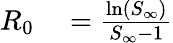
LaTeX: \begin{array}{rl}{R_{0}}&{{}=\frac{\ln(S_{\infty})}{S_{\infty}-1}}\end{array}